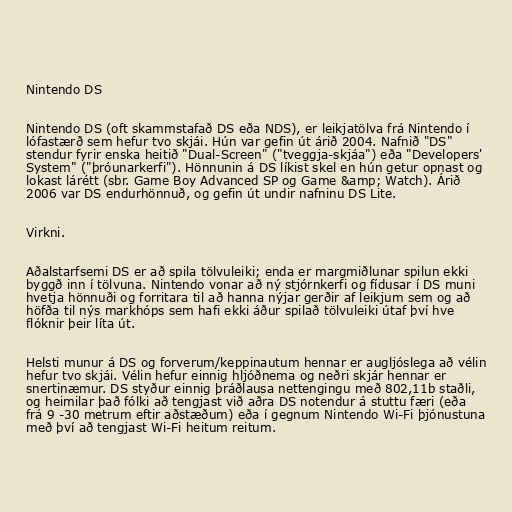
Nintendo DS

Nintendo DS (oft skammstafað DS eða NDS), er leikjatölva frá Nintendo í
lófastærð sem hefur tvo skjái. Hún var gefin út árið 2004. Nafnið "DS"
stendur fyrir enska heitið "Dual-Screen" ("tveggja-skjáa") eða "Developers'
System" ("þróunarkerfi"). Hönnunin á DS líkist skel en hún getur opnast og
lokast lárétt (sbr. Game Boy Advanced SP og Game &amp; Watch). Árið
2006 var DS endurhönnuð, og gefin út undir nafninu DS Lite.

Virkni.

Aðalstarfsemi DS er að spila tölvuleiki; enda er margmiðlunar spilun ekki
byggð inn í tölvuna. Nintendo vonar að ný stjórnkerfi og fídusar í DS muni
hvetja hönnuði og forritara til að hanna nýjar gerðir af leikjum sem og að
höfða til nýs markhóps sem hafi ekki áður spilað tölvuleiki útaf því hve
flóknir þeir líta út.

Helsti munur á DS og forverum/keppinautum hennar er augljóslega að vélin
hefur tvo skjái. Vélin hefur einnig hljóðnema og neðri skjár hennar er
snertinæmur. DS styður einnig þráðlausa nettengingu með 802,11b staðli,
og heimilar það fólki að tengjast við aðra DS notendur á stuttu færi (eða
frá 9 -30 metrum eftir aðstæðum) eða í gegnum Nintendo Wi-Fi þjónustuna
með því að tengjast Wi-Fi heitum reitum.